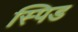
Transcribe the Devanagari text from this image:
स्पिड